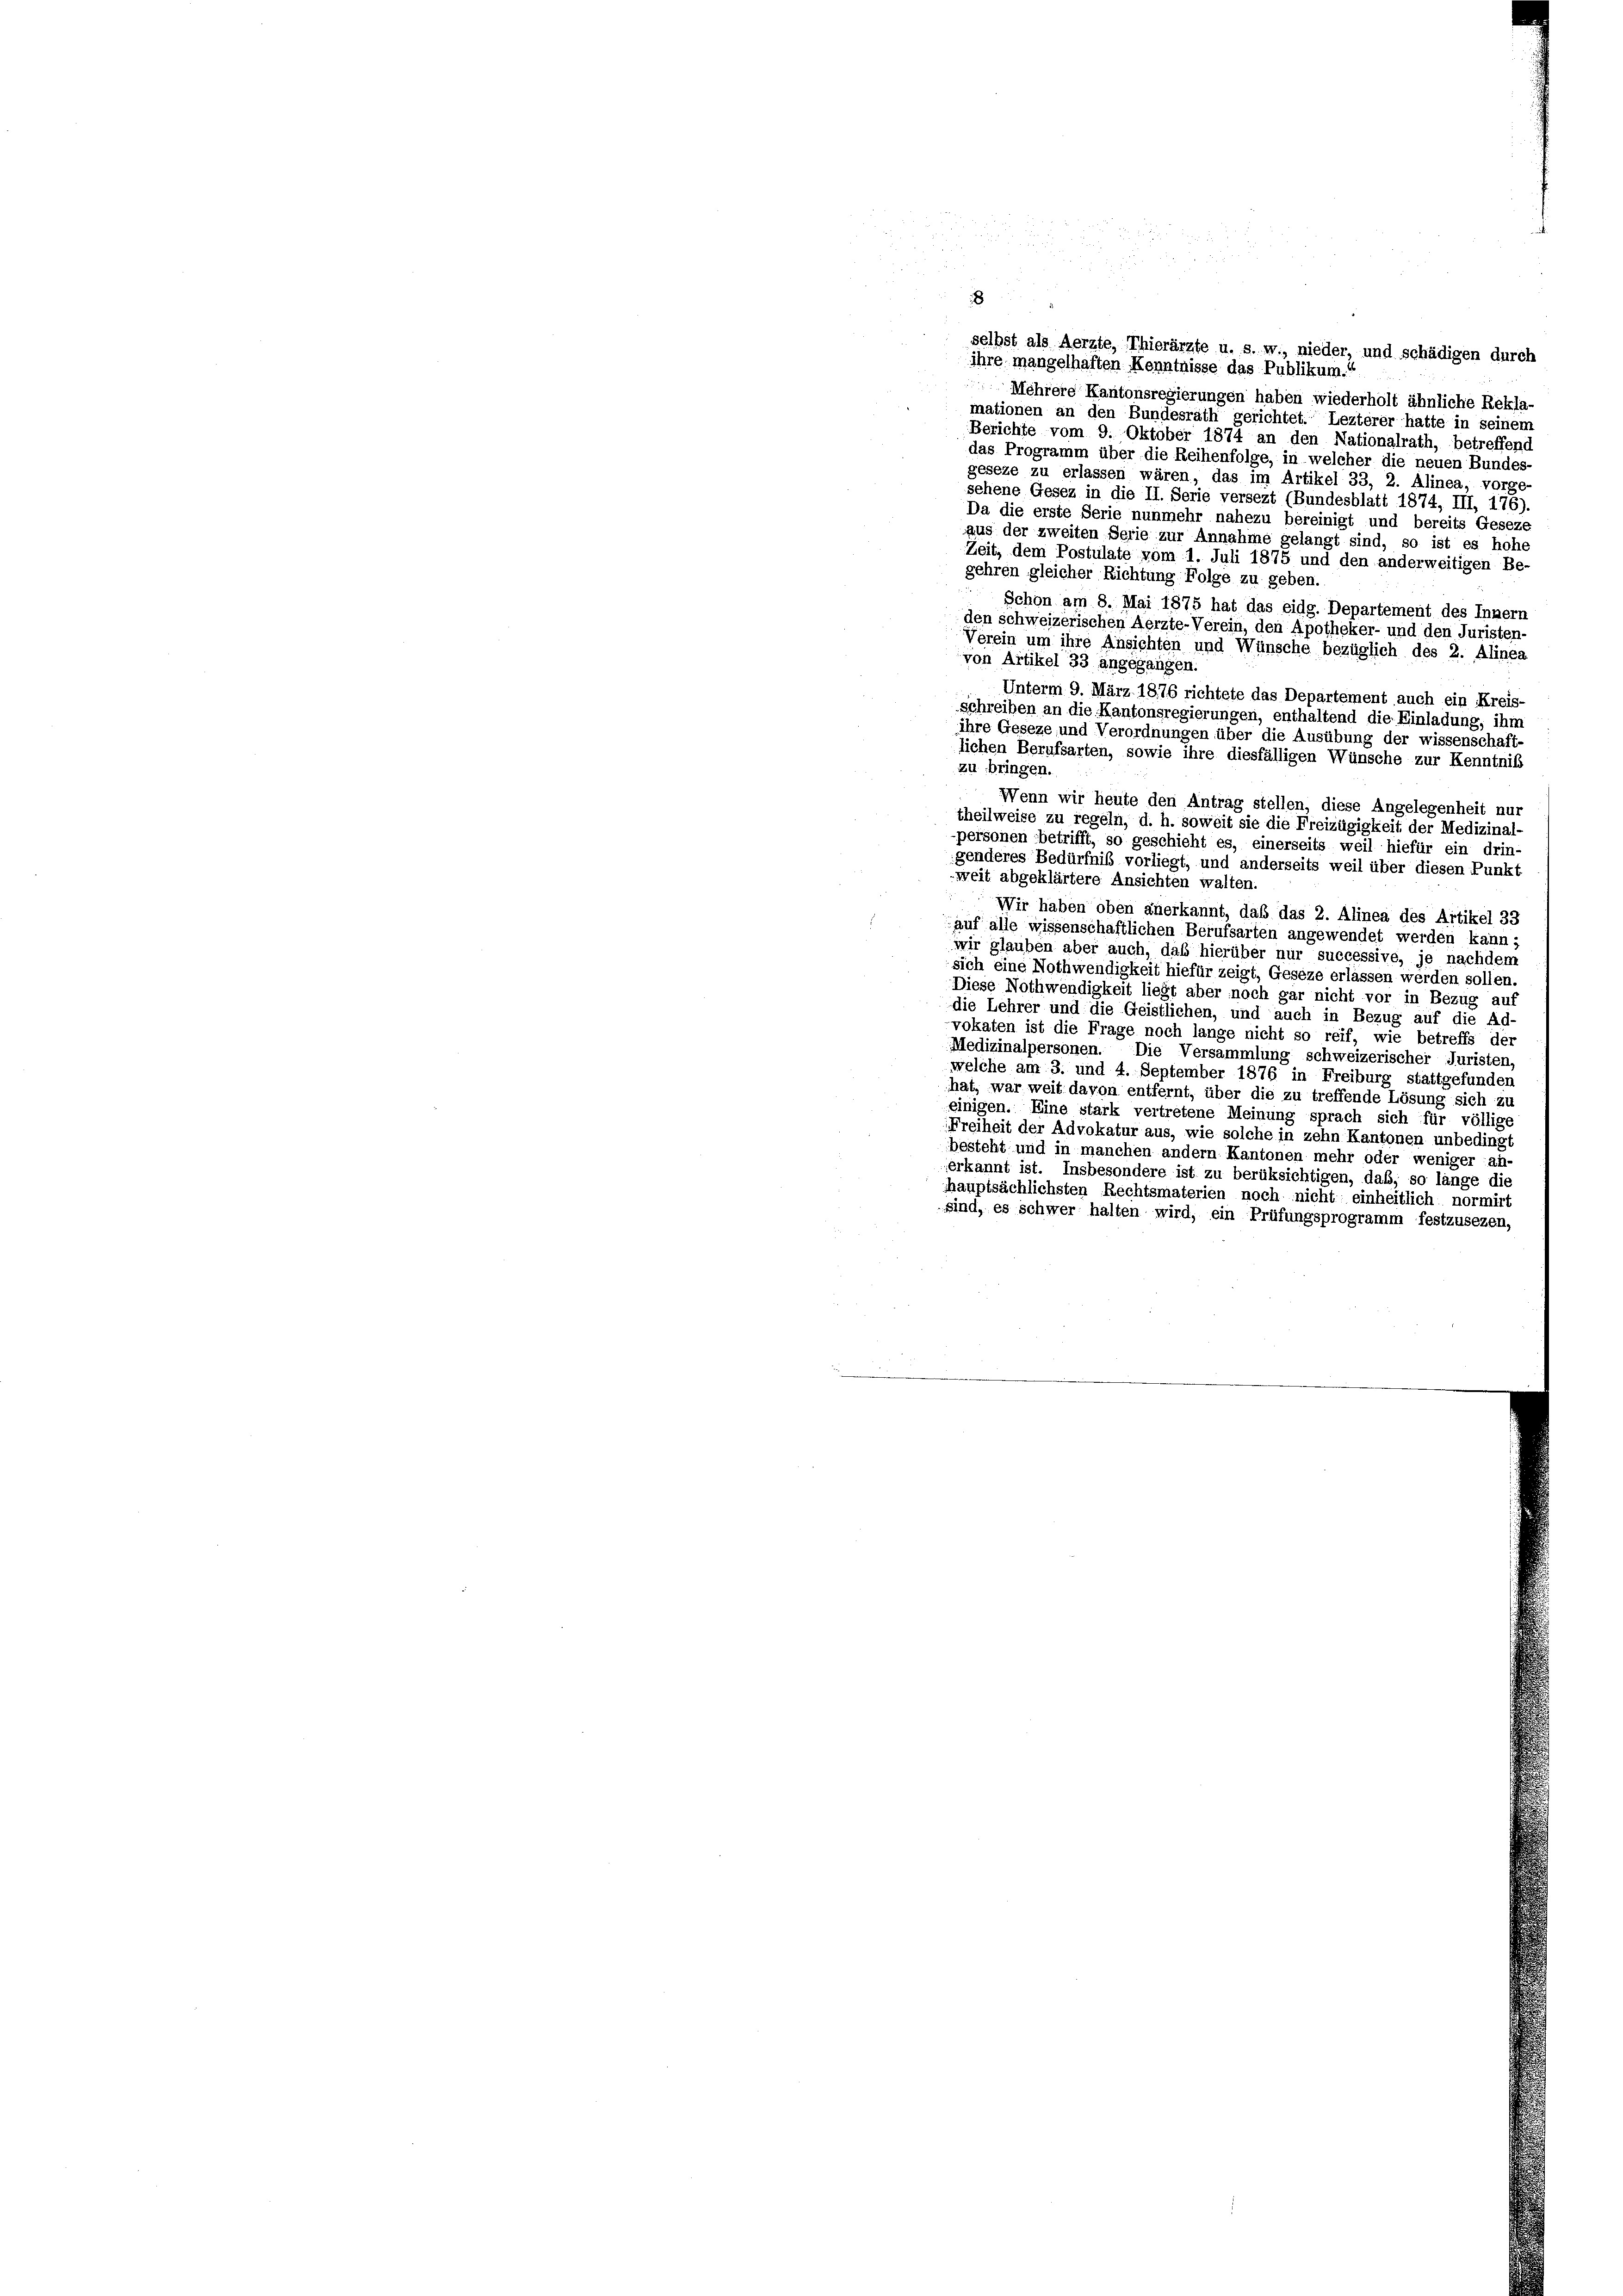
8
selbst als Aerzte, Thierärzte u. s. w., nieder, und schädigen durch
ihre mangelhaften Kenntnisse das Publikum.
Mehrere Kantonsregierungen haben wiederholt ähnliche Rekla
mationen an den Bundesrath gerichtet. Lezterer hatte in seinem
Berichte vom 9. Oktober 1874 an den Nationalrath, betreffend
das Programm über die Reihenfolge, in welcher die neuen Bundes-
geseze zu erlassen wären, das im Artikel 33, 2. Alinea, vorge-
sehene Gesez in die II. Serie versezt (Bundesblatt 1874, III, 176).
Da die erste Serie nunmehr nahezu bereinigt und bereits Geseze
aus der zweiten Serie zur Annahme gelangt sind, so ist es hohe
Zeit, dem Postulate vom 1. Juli 1875 und den anderweitigen Be-
gehren gleicher Richtung Folge zu geben.
Schon am 8. Mai 1875 hat das eidg. Departement des Innern
den schweizerischen Aerzte-Verein, den Apotheker- und den Juristen-
Verein um ihre Ansichten und Wünsche bezüglich des 2. Alinea
von Artikel 33 angegangen.
Unterm 9. März 1876 richtete das Departement auch ein Kreis-
schreiben an die Kantonsregierungen, enthaltend die Einladung, ihm
ihre Geseze und Verordnungen über die Ausübung der wissenschaft-
lichen Berufsarten, sowie ihre diesfälligen Wünsche zur Kenntniß
zu bringen.
Wenn wir heute den Antrag stellen, diese Angelegenheit nur
theilweise zu regeln, d. h. soweit sie die Freizügigkeit der Medizinal-
-personen betrifft, so geschieht es, einerseits weil hiefür ein drin-
genderes Bedürfnis vorliegt, und anderseits weil über diesen Punkt
weit abgeklärtere Ansichten walten.
Wir haben oben anerkannt, daß das 2. Alinea des Artikel 33
auf alle wissenschaftlichen Berufsarten angewendet werden kann;
wir glauben aber auch, daß hierüber nur successive, je nachdem
sich eine Nothwendigkeit hiefür zeigt, Geseze erlassen werden sollen.
Diese Nothwendigkeit liegt aber noch gar nicht vor in Bezug auf
die Lehrer und die Geistlichen, und auch in Bezug auf die Ad
vokaten ist die Frage noch lange nicht so reif, wie betreffs der
Medizinalpersonen. Die Versammlung schweizerischer Juristen,
welche am 3. und 4. September 1876 in Freiburg stattgefunden
hat, war weit davon entfernt, über die zu treffende Lösung sich zu
einigen. Eine stark vertretene Meinung sprach sich für völlige
Freiheit der Advokatur aus, wie solche in zehn Kantonen unbedingt
besteht und in manchen andern Kantonen mehr oder weniger an-
erkannt ist. Insbesondere ist zu berüksichtigen, daß, so lange die
hauptsächlichsten Rechtsmaterien noch nicht: einheitlich normirt
sind, es schwer halten wird, ein Prüfungsprogramm festzusezen,